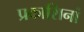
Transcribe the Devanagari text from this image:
प्रकाशिनां